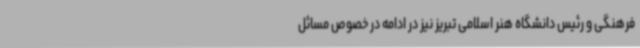
فرهنگی و رئیس دانشگاه هنر اسلامی تبریز نیز در ادامه در خصوص مسائل